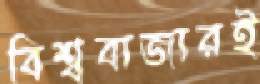
বিশ্ববাজারই